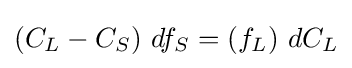
(C_{L}-C_{S})\ df_{S}=(f_{L})\ dC_{L}